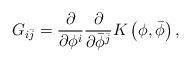
LaTeX: \begin{align*}G_{i \bar{j}} = \frac{\partial}{\partial \phi^i}\frac{\partial}{\partial \bar{\phi}^{\bar{j}}}K\left( \phi, \bar{\phi}\right),\end{align*}